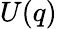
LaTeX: U(q)